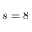
s = 8